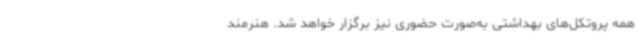
همه پروتکل‌های بهداشتی به‌صورت حضوری نیز برگزار خواهد شد. هنرمند